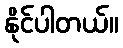
နိုင်ပါတယ်။